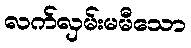
လက်လှမ်းမမီသော